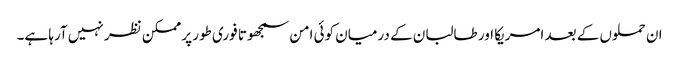
ان حملوں کے بعد امریکا اور طالبان کے درمیان کوئی امن سمجھوتا فوری طور پر ممکن نظر نہیں آرہا ہے۔